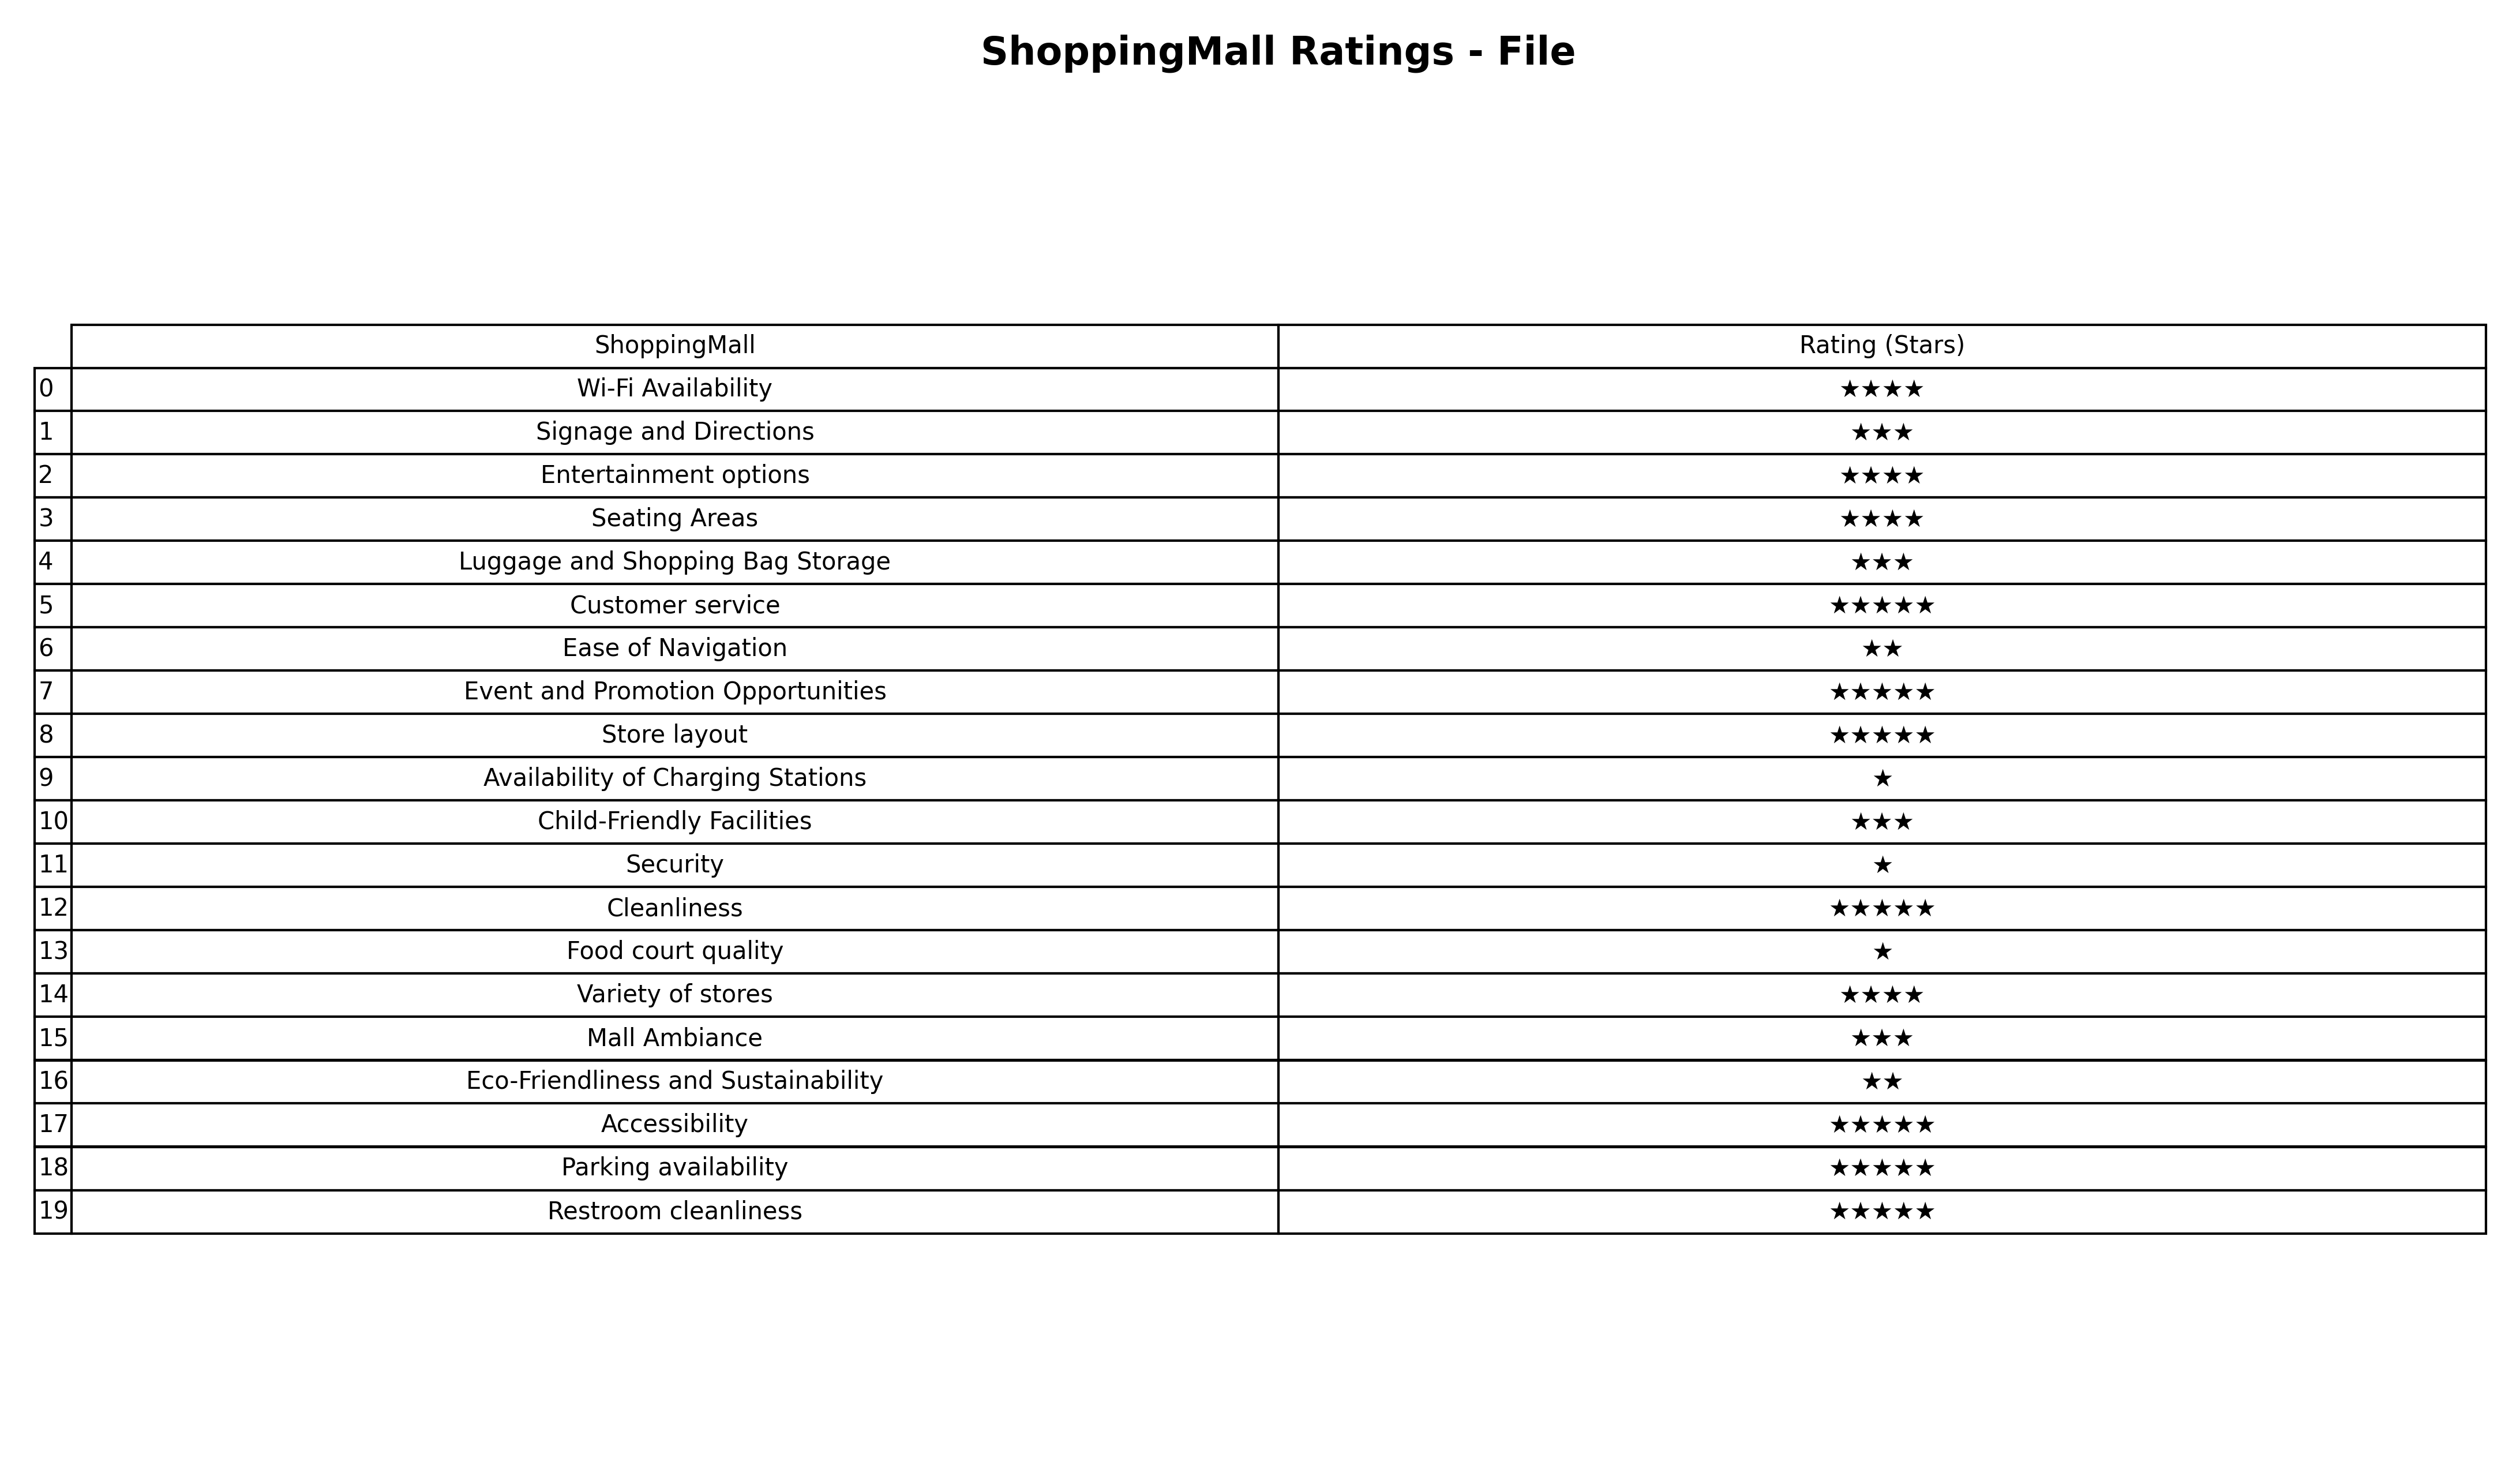
question: What are highest rating services?
answer: Customer serviceEvent and Promotion OpportunitiesStore layoutCleanlinessAccessibilityParking availabilityRestroom cleanliness